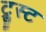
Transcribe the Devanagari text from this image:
ट्रूस्ट